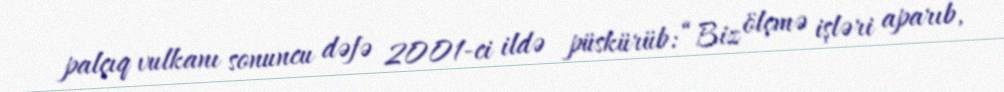
palçıq vulkanı sonuncu dəfə 2001-ci ildə püskürüb: “Biz ölçmə işləri aparıb,